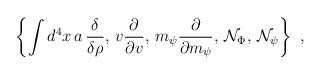
\begin{align*}\left\{ \int d^4x\,a\,\frac \delta {\delta\rho},\,v \frac \partial {\partial v},\,m_\psi\frac \partial {\partial m_\psi},\,{\cal N}_\Phi,\,{\cal N}_\psi \right\}\,\,, \end{align*}